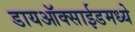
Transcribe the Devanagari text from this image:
डायऑक्साईडमध्ये